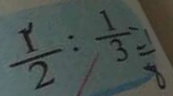
\frac { 1 } { 2 } : \frac { 1 } { 3 } = \frac { 1 } { 8 }